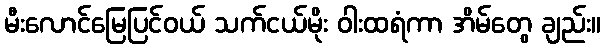
မီးလောင်မြေပြင်ဝယ် သက်ငယ်မိုး ဝါးထရံကာ အိမ်တွေ ချည်း။